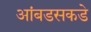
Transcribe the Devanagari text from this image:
आंबडसकडे